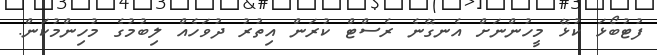
ފުޓުބޯޅަ ކުޅޭ މީހުންނަށް އެނގޭނެ ރެސްޓް ކުރަން އިތުރު ދުވަހެއް ލިބުމުގެ މުހިންމުކަން.